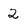
Character: 2